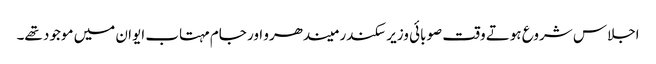
اجلاس شروع ہوتے وقت صوبائی وزیر سکندر میندھرو اور جام مہتاب ایوان میں موجود تھے۔